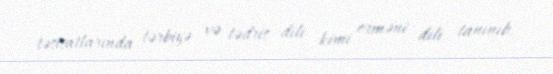
təsisatlarında tərbiyə və tədris dili kimi erməni dili tanınıb.